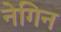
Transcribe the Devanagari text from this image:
नेगिन